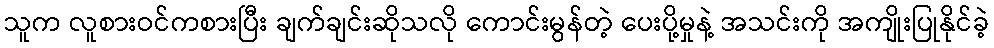
သူက လူစားဝင်ကစားပြီး ချက်ချင်းဆိုသလို ကောင်းမွန်တဲ့ ပေးပို့မှုနဲ့ အသင်းကို အကျိုးပြုနိုင်ခဲ့